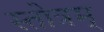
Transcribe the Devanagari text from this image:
स्तोत्रम्